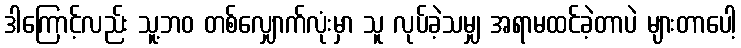
ဒါကြောင့်လည်း သူ့ဘဝ တစ်လျှောက်လုံးမှာ သူ လုပ်ခဲ့သမျှ အရာမထင်ခဲ့တာပဲ များတာပေါ့